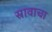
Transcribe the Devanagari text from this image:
स्रावाचा